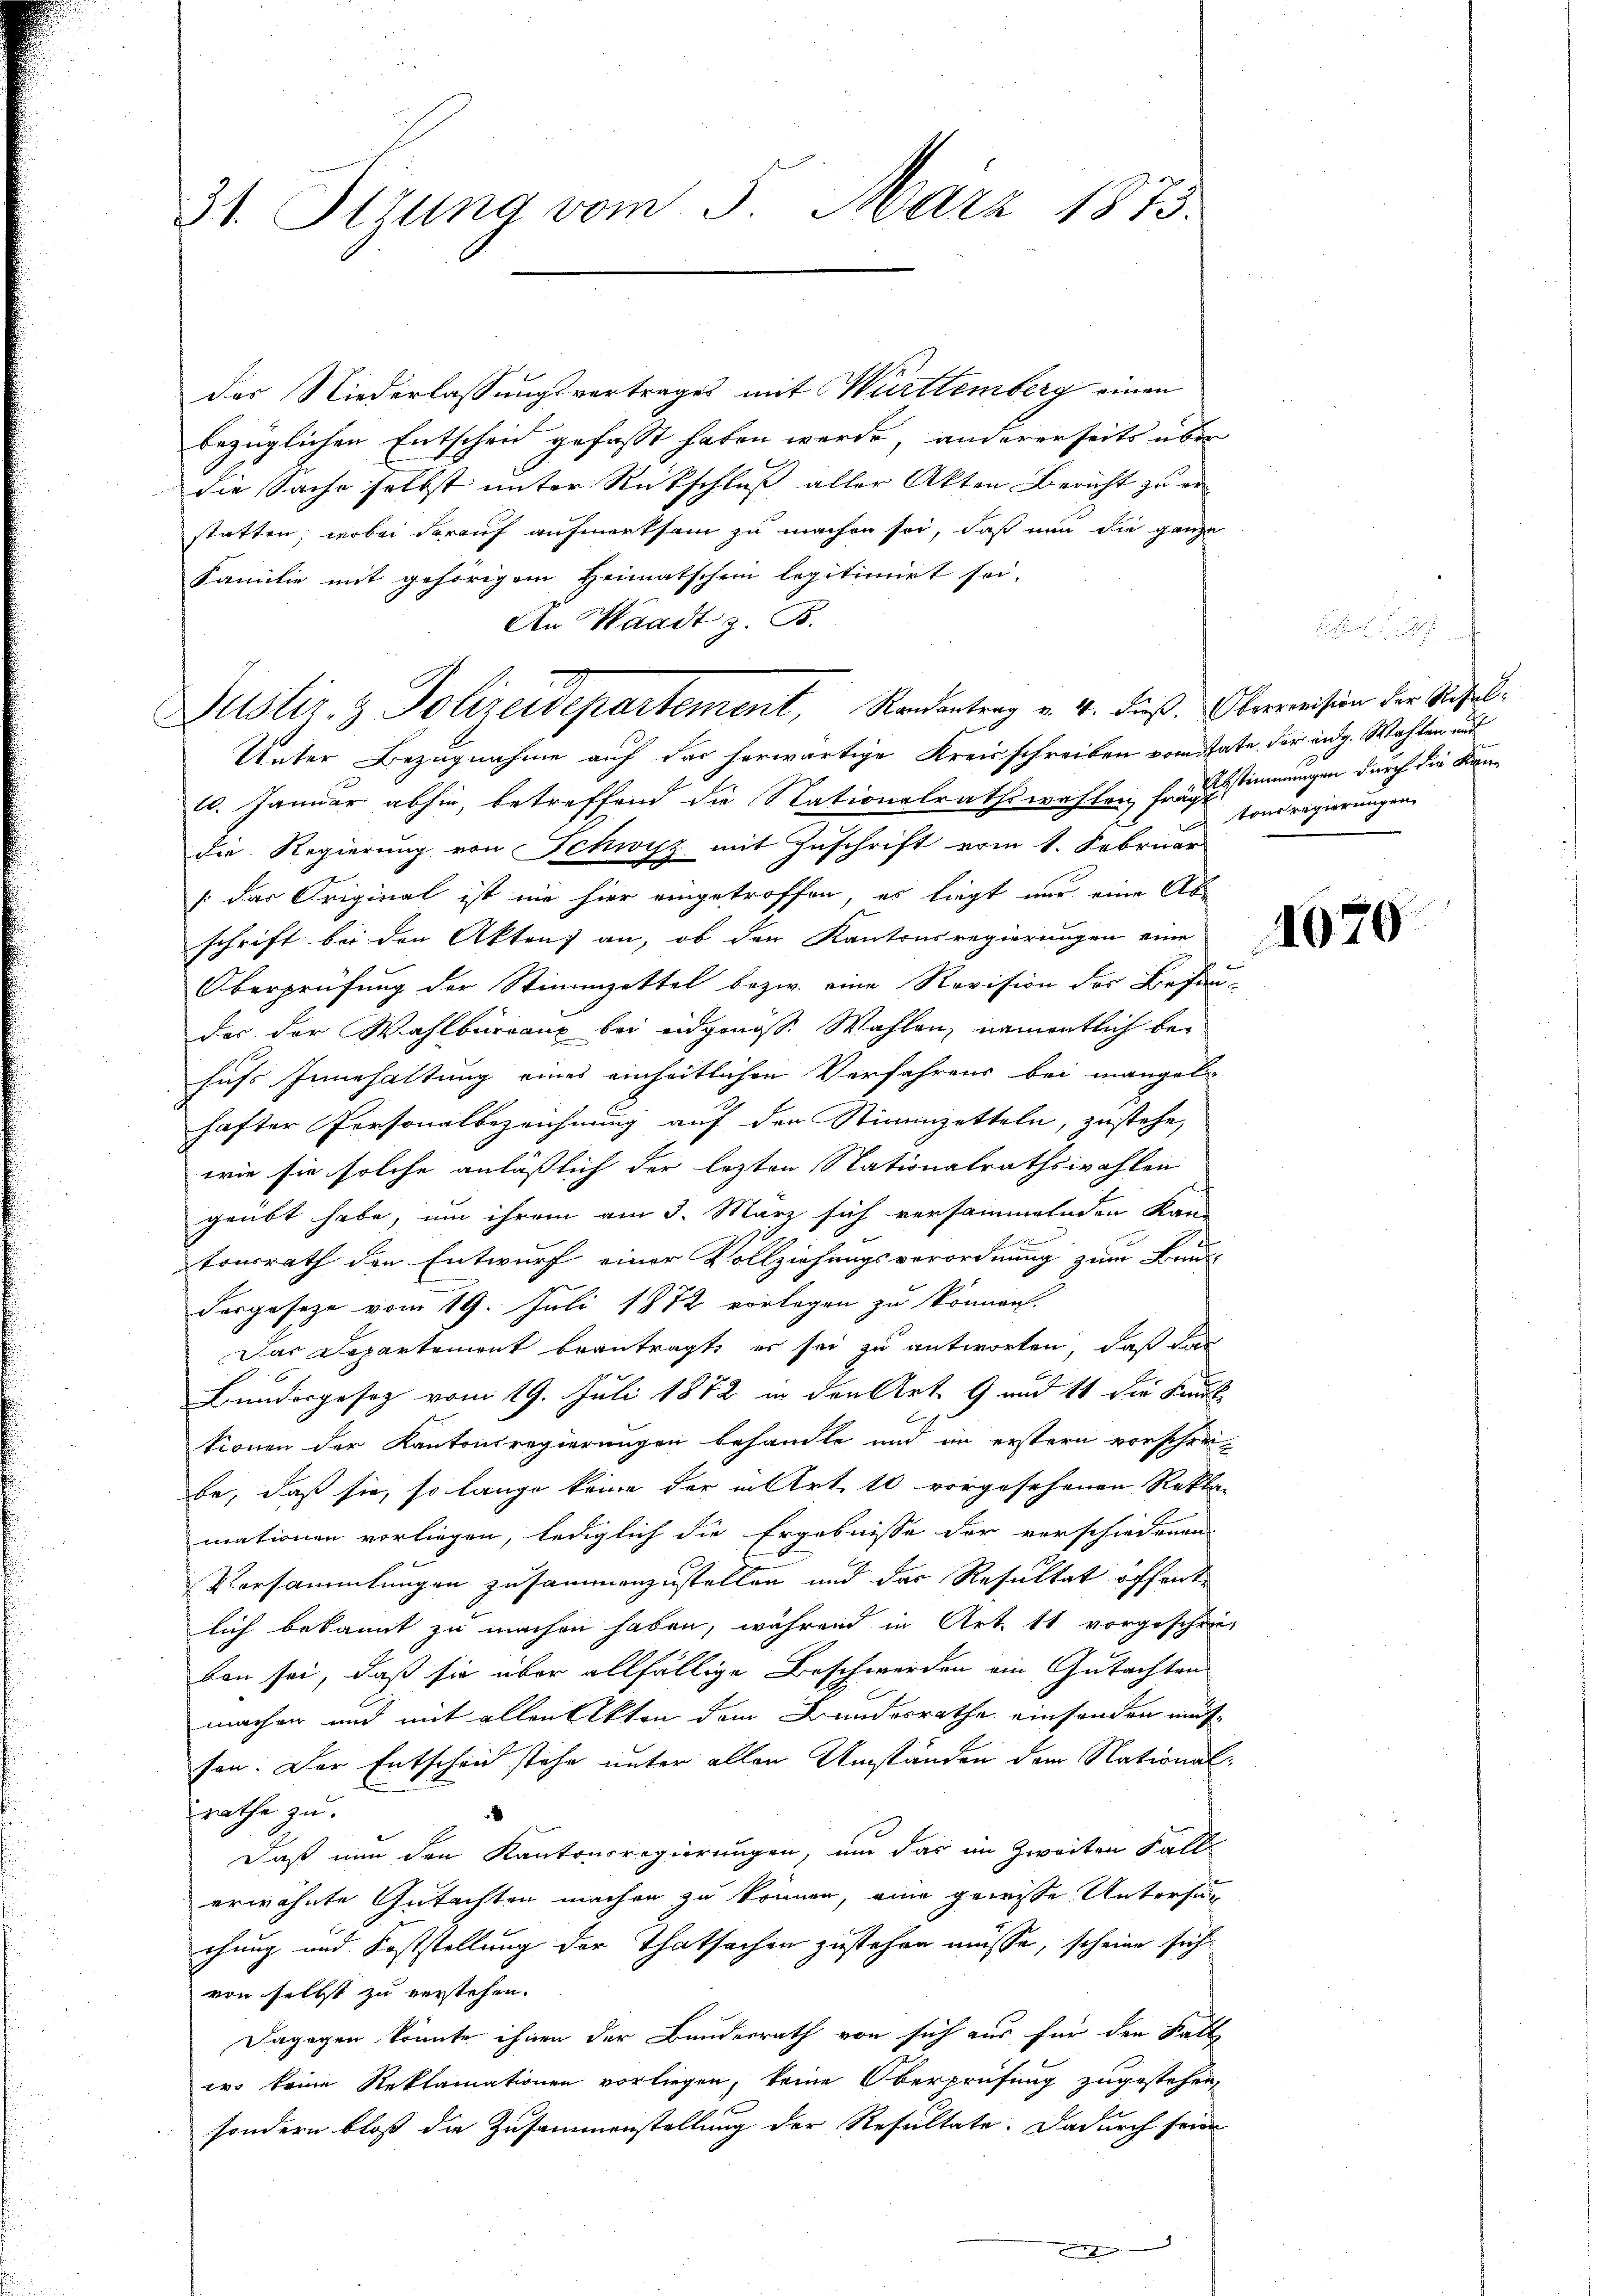
31. Ittung vom 3. März 1873.

das Niederlassungsvertrages mit Württemberg einen
bezüglichen Entscheid gefasst haben werde, andererseits über
die Sache selbst unter Rückschluss aller Akten Bericht zu er
statten; wobei darauf aufmerksam zu machen sei, daß nun die ganze
Familie mit gehörigem Heimatschen legitimirt sei.
An Waadt z. B.
Unter Bezugnahme auf das herwärtige Kreisschreiben vom tate der eidg. Wahlen und
10. Januar abhin, betreffend die Nationalrathswahlen frägt
die Regierung von Schwyz mit Zuschrift vom 1. Februar
[das Original ist nie hier eingetroffen, es liegt nur eine Abschrift bei den Akten) an, ob den Kantonsregierungen eine
Oberprüfung der Stimmzettel bezw. eine Revision der Behau-
der der Wahlbureaux bei eidgenöss. Wahlen, namentlich behufs Innehaltung eines einheitlichen Verfahrens bei mangel
hafter Personalbezeichnung auf den Stimmzetteln, zustehe,
wie sie solche anläßlich der lezten Nationalrathswahlen
geübt habe, um ihrem am 3. März sich versammelnden Kan-

tonsrath den Entwurf einer Vollziehungsverordnung zum Bruck-
Forgeseze vom 19. Juli 1872 vorlagen zu können.
Das Departement beantragt, er sei zu antworten, daß das
Bundergesetz vom 19. Juli 1882 in den Art. 9 und 11 die Kant
tionen der Kantonsregierungen behandle und im erstern vorschrei-
fe, daß sie, so lange keine der in Art. 10 vorgesehenen Rekta-
mationen vorliegen, lediglich die Ergebnisse der verschiedenen
Vorsammlungen zusammenzustellen und das Resultat öffente
lich bekannt zu machen haben, während in Art. 11 vorgescheiben sei, daß sie über allfällige Beschwerden ein Gutachten
machen und mit allen Akten dem Bundesrathe einsenden mitsen. Der Entscheid stehe unter allen Umständen dem Nationalrathe zu.
Daß nun den Kantonsregierungen, um das im Zweiten Fall
erwähnte Gutachten machen zu können, eine gewisse Untersuc
chung und Feststellung der Thatsachen zustehen müsse, scheine sich
von selbst zu verstehen.
Dagegen könnte ihnen der Bundesrath von sich aus für den Stallwo keine Reklamationen vorliegen, keine Oberprüfung zugestehen,
sondern bloß die Zusammenstellung der Resultate. Dadurch seine
g

Justiz- & Polizeidepartement, Randantrag v. 4. dieß. Oberreision der Seifel¬

Abstimmungen durch die Kantonsregierungen

1670